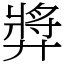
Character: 㢡